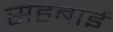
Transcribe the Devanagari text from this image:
सहबाई